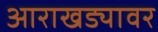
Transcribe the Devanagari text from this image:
आराखड्यावर